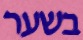
בשער